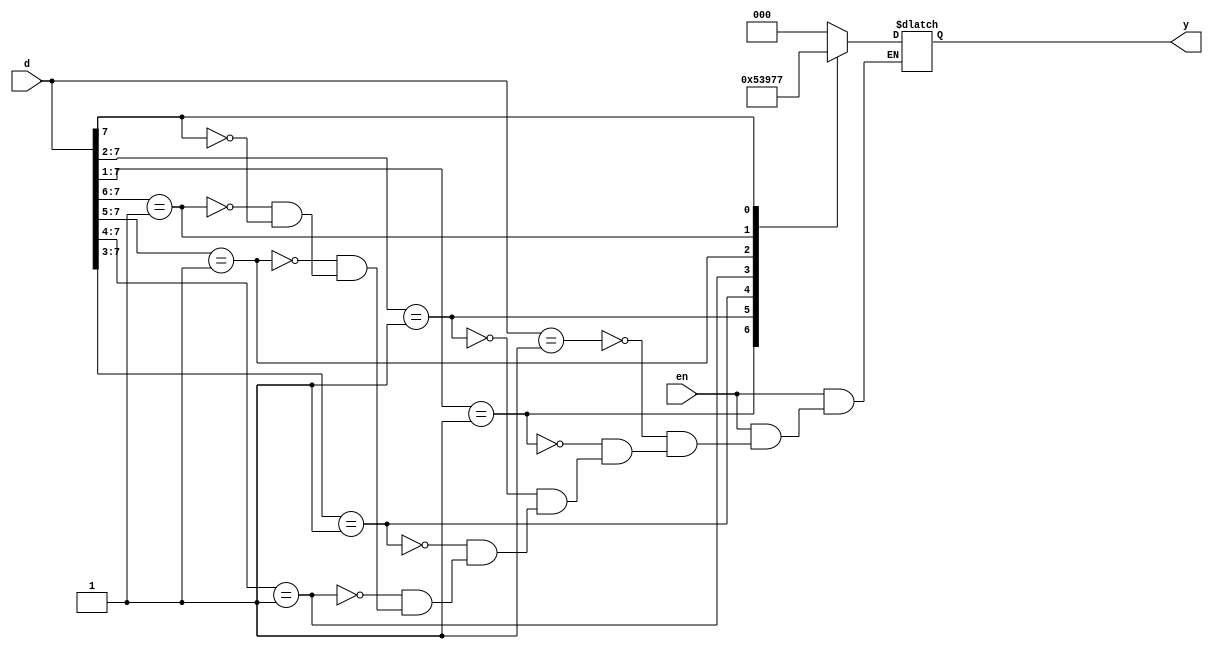
module pri_en(d,y,en);
input [7:0] d;
input en;
output  [2:0] y;
reg [2:0] y;
always @(d or en )
begin
if(en)
begin
casex(d)

8'b00000001:y=3'b000;
8'b0000001x:y=3'b001;
8'b000001xx:y=3'b010;
8'b00001xxx:y=3'b011;
8'b0001xxxx:y=3'b100;
8'b001xxxxx:y=3'b101;
8'b01xxxxxx:y=3'b110;
8'b1xxxxxxx:y=3'b111;
endcase
end
else
begin
y=3'bxxx;
end
end

endmodule